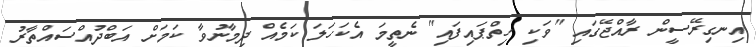
އިނގިރޭސީން ރާއްޖޭގައި "ވަކި ހިތްޕައިފައި" ނެތީމަ އެކަހަލަ ކަމެއް ދިމާނުވާ ކަމަށް އަބްދުއްސައްތާރު